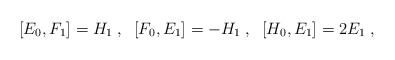
\begin{align*}[E_{0},F_{1}] = H_{1}\;,\; \; [F_{0},E_{1}] = -H_{1}\;,\; \; [H_{0},E_{1}]= 2E_{1}\;,\end{align*}